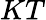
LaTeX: KT